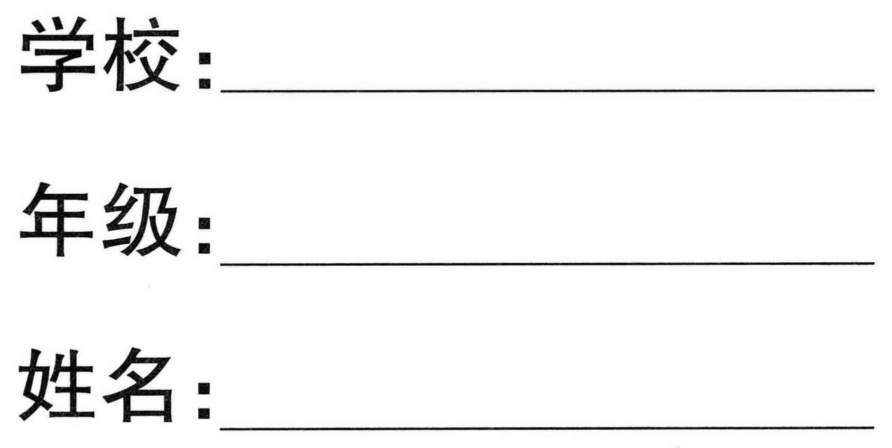
学校：____________________
年级：____________________
姓名：____________________